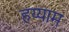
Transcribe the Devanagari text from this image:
हय्याम